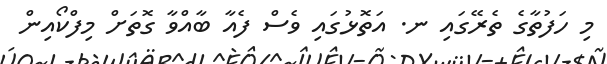
މި ހަފުތާގެ ތެރޭގައި ނ. އަތޮޅުގައި ވެސް ފެއާ ބާއްވާ ގޮތަށް މިފްކޯއިން